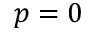
p = 0